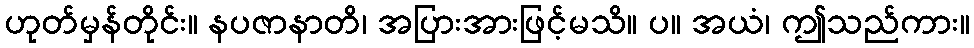
ဟုတ်မှန်တိုင်း။ နပဇာနာတိ၊ အပြားအားဖြင့်မသိ။ ပ။ အယံ၊ ဤသည်ကား။